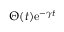
\Theta ( t ) \mathrm { e } ^ { - \gamma t }